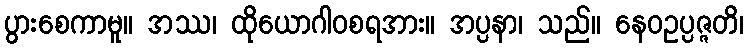
ပွားစေကာမူ။ အဿ၊ ထိုယောဂါဝစရအား။ အပ္ပနာ၊ သည်။ နေဝဥပ္ပဇ္ဇတိ၊